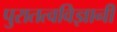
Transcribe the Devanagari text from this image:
पुरातत्वविज्ञानी